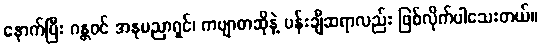
နောက်ပြီး ဂန္တဝင် အနုပညာရှင်၊ ကဗျာစာဆိုနဲ့ ပန်းချီဆရာလည်း ဖြစ်လိုက်ပါသေးတယ်။